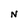
Character: N